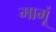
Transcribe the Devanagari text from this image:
मामूं